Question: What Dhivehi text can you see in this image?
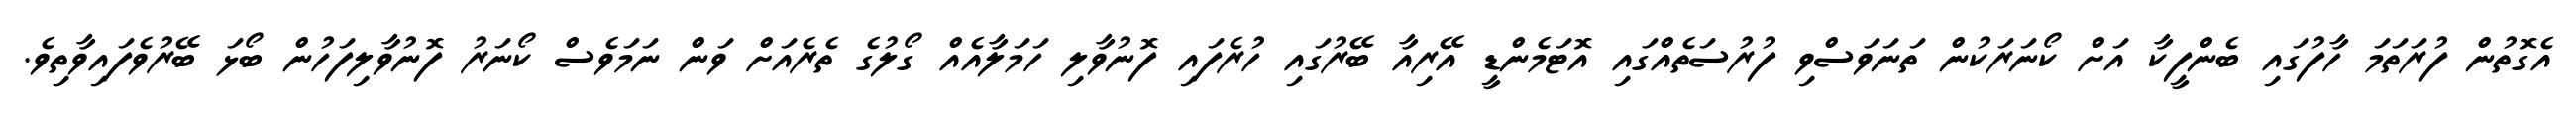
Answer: އެގޮތުން ފުރަތަމަ ހާފުގައި ބެންފީކާ އަށް ކޯނަރަކުން ތަނަވަސްވި ފުރުސަތެއްގައި އޮޓަމެންޑީ އޭރިއާ ބޭރުގައި ހުރެފައި ފޮނުވާލި ހަމަލާއެއް ގޯލުގެ ތެރެއަށް ވަން ނަމަވެސް ކޯނަރު ފޮނުވާލިފަހުން ބޯޅަ ބޭރުވެފައިވާތިވެ.